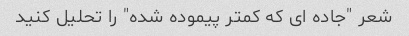
شعر "جاده ای که کمتر پیموده شده" را تحلیل کنید